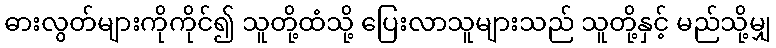
ဓားလွတ်များကိုကိုင်၍ သူတို့ထံသို့ ပြေးလာသူများသည် သူတို့နှင့် မည်သို့မျှ